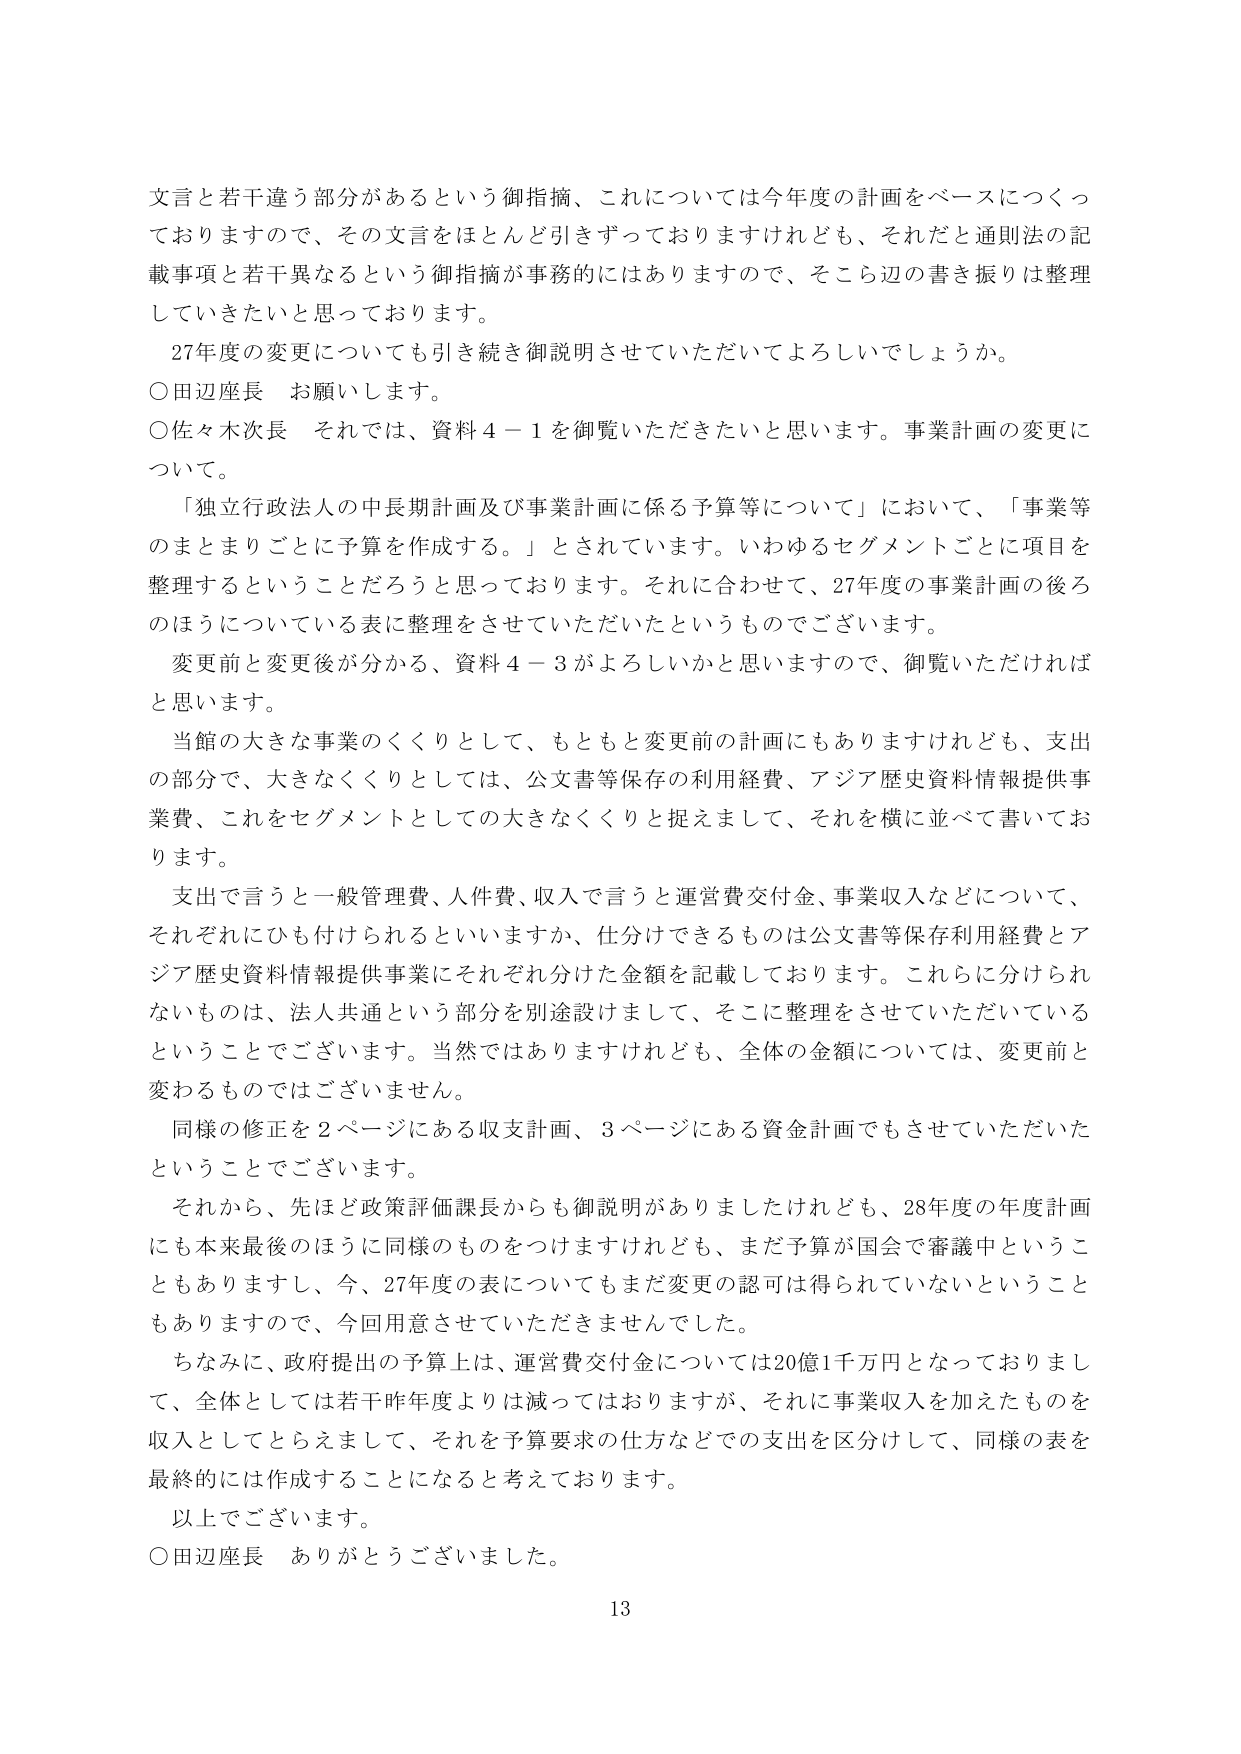
文言と若干違う部分があるという御指摘、これについては今年度の計画をベースにつくっておりますので、その文言をほとんど引きずっておりますけれども、それだと通則法の記載事項と若干異なるという御指摘が事務的にはありますので、そこら辺の書き振りは整理していきたいと思っております。

27年度の変更についても引き続き御説明させていただいてよろしいでしょうか。

○田辺座長　お願いします。

○佐々木次長　それでは、資料４－１を御覧いただきたいと思います。事業計画の変更について。

「独立行政法人の中長期計画及び事業計画に係る予算等について」において、「事業等のまとまりごとに予算を作成する。」とされています。いわゆるセグメントごとに項目を整理するということだろうと思っております。それに合わせて、27年度の事業計画の後ろのほうについている表に整理をさせていただいたというものです。

変更前と変更後が分かる、資料４－３がよろしいかと思いますので、御覧いただければと思います。

当館の大きな事業のくくりとして、もともと変更前の計画にもありますけれども、支出の部分で、大きなくくりとしては、公文書等保存の利用経費、アジア歴史資料情報提供事業費、これをセグメントとしての大きなくくりと捉えまして、それを横に並べて書いております。

支出で言うと一般管理費、人件費、収入で言うと運営費交付金、事業収入などについて、それぞれにひも付けられるといいますか、仕分けできるものは公文書等保存利用経費とアジア歴史資料情報提供事業にそれぞれ分けた金額を記載しております。これらに分けられないものは、法人共通という部分を別途設けまして、そこに整理をさせていただいているということでございます。当然ではありますけれども、全体の金額については、変更前と変わるものではありません。

同様の修正を２ページにある収支計画、３ページにある資金計画でもさせていただいたということでございます。

それから、先ほど政策評価課長からも御説明がありましたけれども、28年度の年度計画にも本来最後のほうに同様のものをつけますけれども、まだ予算が国会で審議中ということもありますし、今、27年度の表についてもまだ変更の認可は得られていないということもありますので、今回用意させていただきませんでした。

ちなみに、政府提出の予算上は、運営費交付金については20億1千万円となっておりまして、全体としては若干昨年度よりは減ってはおりますが、それに事業収入を加えたものを収入としてとらえまして、それを予算要求の仕方などで支出を区分して、同様の表を最終的には作成することになると考えております。

以上でございます。

○田辺座長　ありがとうございました。

13